Lunatic asylums Central Provinces reports 1895-1909 - 1895-1909
Year: 1895
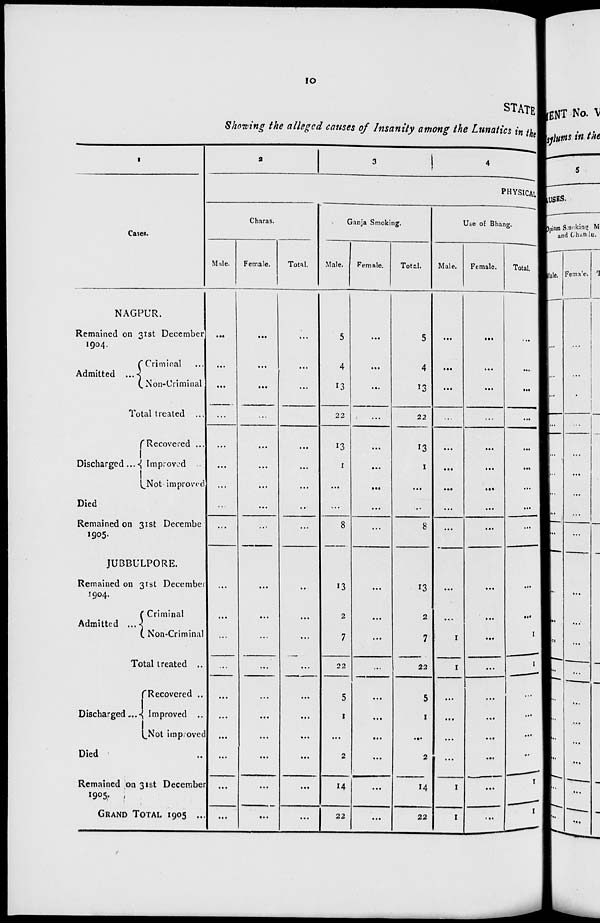
10
STATE
Showing the alleged causes of Insanity among the Lunatics in the
1
Cases.
NAGPUR.
Remained on 31st December
1904.
Admitted ...
Criminal ...
Non-Criminal
Total treated ...
Discharged ...
Recovered ...
Improved ...
Not-improved ...
Died
Remained on 31st December
1905.
JUBBULPORE.
Remained on 31st December
1904.
Admitted ...
Criminal
Non-Criminal
Total treated ..
Discharged ...
Recovered ...
Improved ..
Not improved
Died ...
Remained on 31st December
1905.
GRAND TOTAL 1905
...
2
3
4
PHYSICAL
Charas.
Male.
...
...
...
...
...
...
...
...
...
...
...
...
...
...
...
...
...
...
...
Female.
...
...
...
...
...
...
...
...
...
...
...
...
...
...
...
...
...
...
...
Total.
...
...
...
...
...
...
...
...
...
...
...
...
...
...
...
...
...
...
...
Ganja Smoking.
Male.
5
4
13
22
13
1
...
...
8
13
2
7
22
5
1
...
2
14
22
Female.
...
...
...
...
...
...
...
...
...
...
...
...
...
...
...
...
...
...
...
Total.
5
4
13
22
13
1
...
...
8
13
2
7
22
5
1
...
2
14
22
Use of Bhang.
Male.
...
...
...
...
...
...
...
...
...
...
...
1
1
...
...
...
...
1
1
Female.
...
...
...
...
...
...
...
...
...
...
...
...
...
...
...
...
...
...
...
Total.
...
...
...
...
...
...
...
...
...
...
...
1
1
...
...
...
...
1
1